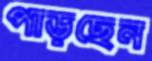
পাড়ছেন